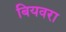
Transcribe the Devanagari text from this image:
बियवरा